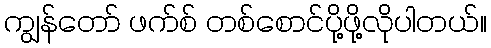
ကျွန်တော် ဖက်စ် တစ်စောင်ပို့ဖို့လိုပါတယ်။